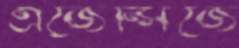
এজেন্সিজে